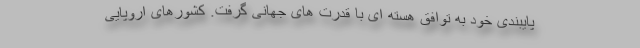
پایبندی خود به توافق هسته ای با قدرت های جهانی گرفت. کشورهای اروپایی